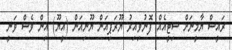
ރައީސް ޔާމީނަށް ސިޓީއެއް ފޮނުވިއިރު ޔޫރަޕިއަން ޔޫނިއަން (އީޔޫ) އިން ވެސް ވަނީ